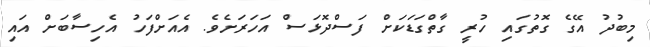
މިބުދު އޭގެ ގޮތުގައި ހުރީ ގާތްގަޑަކަށް ފަސްދޮޅަސް އަހަރަށެވެ. އެއަށްފަހު އެހިސާބަށް އައި